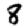
Digit: 8